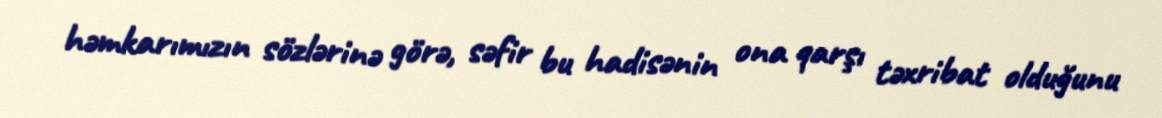
həmkarımızın sözlərinə görə, səfir bu hadisənin ona qarşı təxribat olduğunu